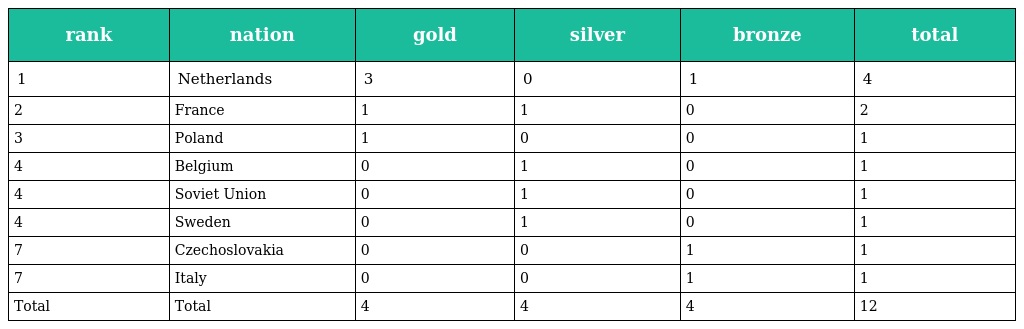
| rank | nation | gold | silver | bronze | total |
 | --- | --- | --- | --- | --- | --- |
 | 1 | Netherlands | 3 | 0 | 1 | 4 |
 | 2 | France | 1 | 1 | 0 | 2 |
 | 3 | Poland | 1 | 0 | 0 | 1 |
 | 4 | Belgium | 0 | 1 | 0 | 1 |
 | 4 | Soviet Union | 0 | 1 | 0 | 1 |
 | 4 | Sweden | 0 | 1 | 0 | 1 |
 | 7 | Czechoslovakia | 0 | 0 | 1 | 1 |
 | 7 | Italy | 0 | 0 | 1 | 1 |
 | Total | Total | 4 | 4 | 4 | 12 |